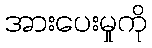
အားပေးမှုကို